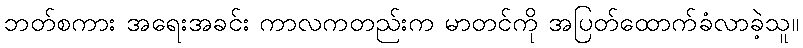
ဘတ်စကား အရေးအခင်း ကာလကတည်းက မာတင်ကို အပြတ်ထောက်ခံလာခဲ့သူ။